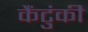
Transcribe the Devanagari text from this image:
कैंटुंकी